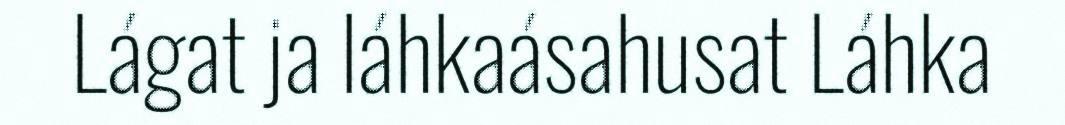
Lágat ja láhkaásahusat Láhka